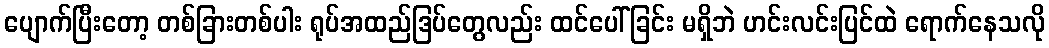
ပျောက်ပြီးတော့ တစ်ခြားတစ်ပါး ရုပ်အထည်ဒြပ်တွေလည်း ထင်ပေါ်ခြင်း မရှိဘဲ ဟင်းလင်းပြင်ထဲ ရောက်နေသလို